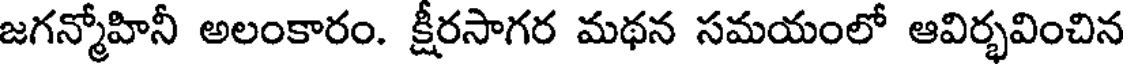
జగన్మోహినీ అలంకారం. క్షీరసాగర మథన సమయంలో ఆవిర్భవించిన